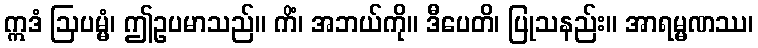
ဣဒံ ဩပမ္မံ၊ ဤဥပမာသည်။ ကိံ၊ အဘယ်ကို။ ဒီပေတိ၊ ပြုသနည်း။ အာရမ္မဏဿ၊